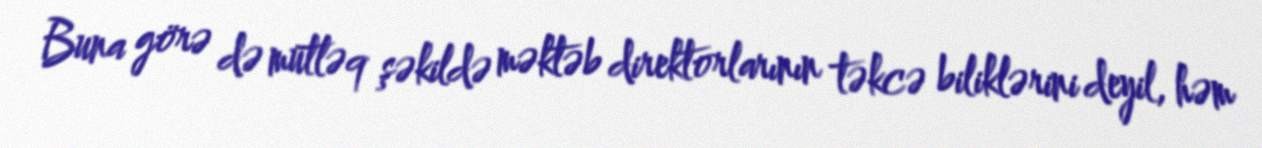
Buna görə də mütləq şəkildə məktəb direktorlarının təkcə biliklərini deyil, həm